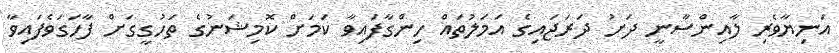
އަނިޔާވެރި ލާއިންސާނީ ދަށު ދަރަޖައިގެ އަމަލުތައް ހިންގާފައިވާ ކަމަށް ކޮމިޝަނުގެ ތަހުގީގަށް ފާހަގަވެފައިވާ